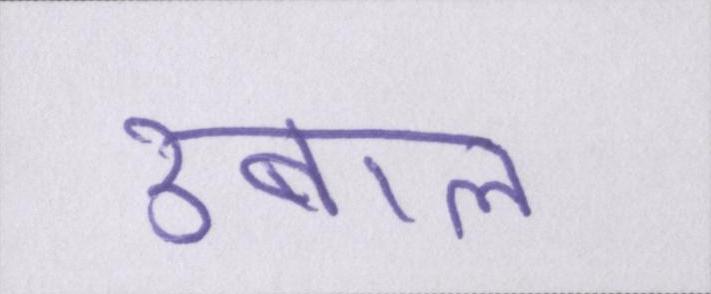
उबाल